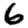
Digit: 6